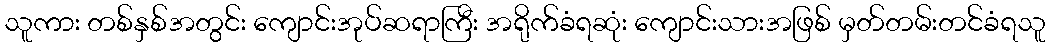
သူကား တစ်နှစ်အတွင်း ကျောင်းအုပ်ဆရာကြီး အရိုက်ခံရဆုံး ကျောင်းသားအဖြစ် မှတ်တမ်းတင်ခံရသူ